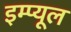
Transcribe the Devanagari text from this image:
इम्प्यूल